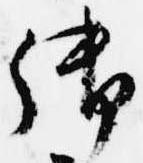
御